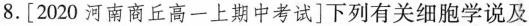
8. [2020 河南商丘高一上期中考试] 下列有关细胞学说及